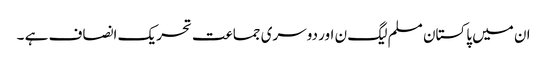
ان میں پاکستان مسلم لیگ ن اور دوسری جماعت تحریک انصاف ہے ۔